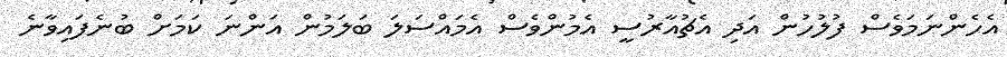
އެހެންނަމަވެސް ފުލުހުން އަދި އެޗުއާރުސީ އެމުންވެސް އެމައްސަލަ ބަލަމުން އަންނަ ކަމަށް ބުނެފައިވާނެ